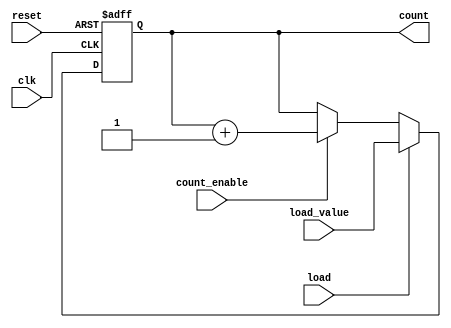
module async_load_counter #(
    parameter WIDTH = 8  // Width of the counter (number of bits)
)(
    input wire clk,            // Clock signal
    input wire reset,          // Asynchronous reset signal
    input wire load,           // Load control signal
    input wire count_enable,    // Count enable signal
    input wire [WIDTH-1:0] load_value, // Value to load into the counter
    output reg [WIDTH-1:0] count // Current count value
);

// Asynchronous reset and load logic
always @(posedge clk or posedge reset) begin
    if (reset) begin
        count <= 0; // Reset the counter to zero
    end else if (load) begin
        count <= load_value; // Load the preset value
    end else if (count_enable) begin
        count <= count + 1; // Increment the counter
    end
end

endmodule